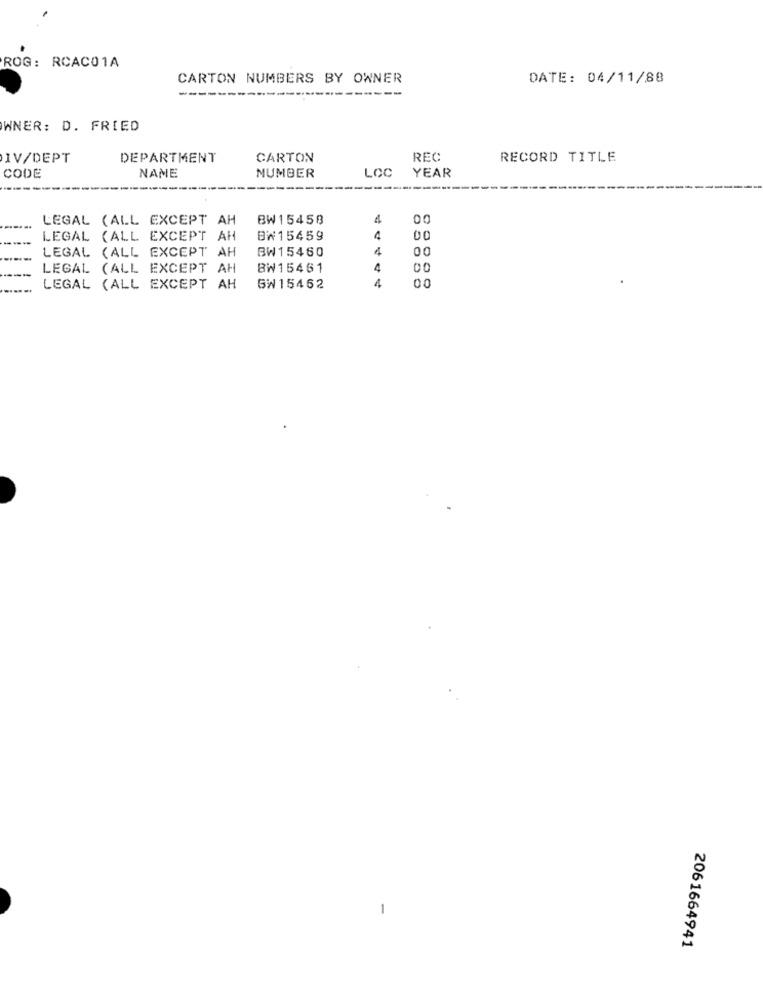
ROG: RCACO1A
CARTON NUMBERS BY OWNER
DATE: 04/11/88
WNER: D. FRIED
IV/DEPT
DEPARTMENT
CARTON
REC
RECORD TITLE
NAME
LOC
YEAR
CODE
NUMBER
LEGAL (ALL EXCEPT AH
BW 15458
4
00
LEGAL (ALL EXCEPT AH
BW15459
4
00
LEGAL (ALL EXCEPT AH
BW15460
4
00
LEGAL (ALL EXCEPT AH
BW15461
4
00
4
00
LEGAL (ALL EXCEPT AH
GW 15462
2061664941